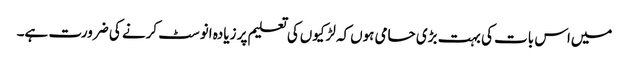
میں‌اس بات کی بہت بڑی حامی ہوں‌کہ لڑکیوں‌کی تعلیم پر زیادہ انوسٹ کرنے کی ضرورت ہے۔